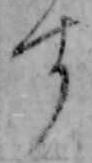
す